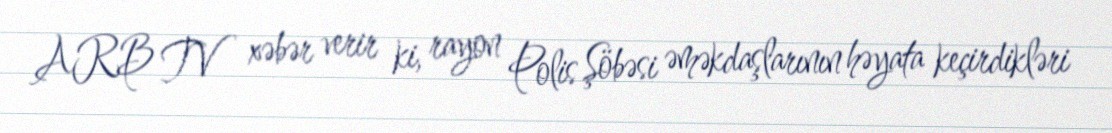
ARB TV xəbər verir ki, rayon Polis Şöbəsi əməkdaşlarının həyata keçirdikləri